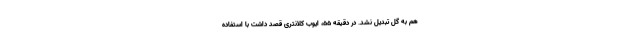
هم به گل تبدیل نشد. در دقیقه ۵۵، ایوب کلانتری قصد داشت با استفاده